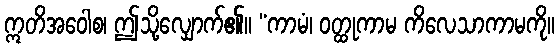
ဣတိအဝေါစ၊ ဤသို့လျှောက်၏။ “ကာမံ၊ ဝတ္ထုကာမ ကိလေသာကာမကို။